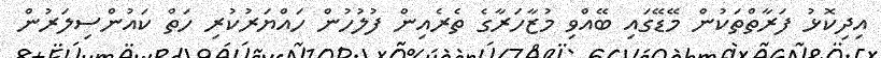
އިދިކޮޅު ފަރާތްތަކުން މޭޑޭގައި ބޭއްވި މުޒާހަރާގެ ތެރެއިން ފުލުހުން ހައްޔަރުކުރި ހަތް ކައުންސިލަރުން